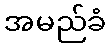
အမည်ခံ